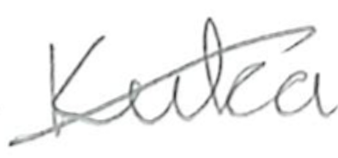
Text: Kuka
Cross-out: diagonal
Writing tool: pencil